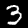
Digit: 3